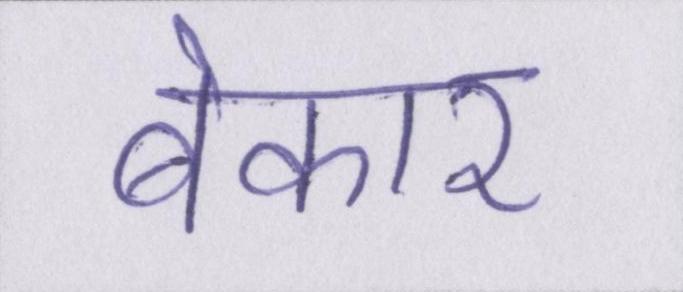
बेकार